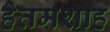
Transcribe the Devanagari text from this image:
हेतमशाह